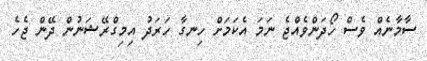
ސާމާނެއް ވެސް ހޯދަންވެއްޖެ ނަމަ އެކަމަށް ހިނގާ ހަރަދު އިމިގްރޭޝަނުން ދޭން ޖެހެ